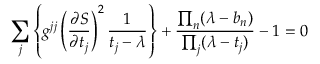
\sum _ { j } \left\{ g ^ { j j } \left( { \frac { \partial S } { \partial t _ { j } } } \right) ^ { 2 } { \frac { 1 } { t _ { j } - \lambda } } \right\} + { \frac { \prod _ { n } ( \lambda - b _ { n } ) } { \prod _ { j } ( \lambda - t _ { j } ) } } - 1 = 0